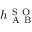
h _ { \mathrm { ~ A ~ B ~ } } ^ { \mathrm { ~ S ~ O ~ } }